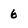
Character: 6